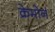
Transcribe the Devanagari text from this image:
क्रेमोर्न